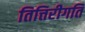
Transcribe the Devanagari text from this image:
तित्तिरीगति